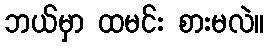
ဘယ်မှာ ထမင်း စားမလဲ။